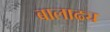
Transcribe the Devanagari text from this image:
बालाढ्य